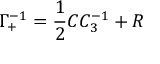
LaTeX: \Gamma _ { + } ^ { - 1 } = { \frac { 1 } { 2 } } C C _ { 3 } ^ { - 1 } + R